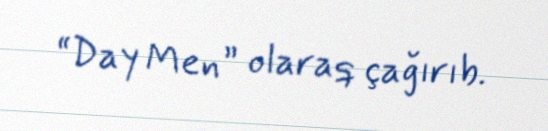
“Day Men” olaraq çağırıb.